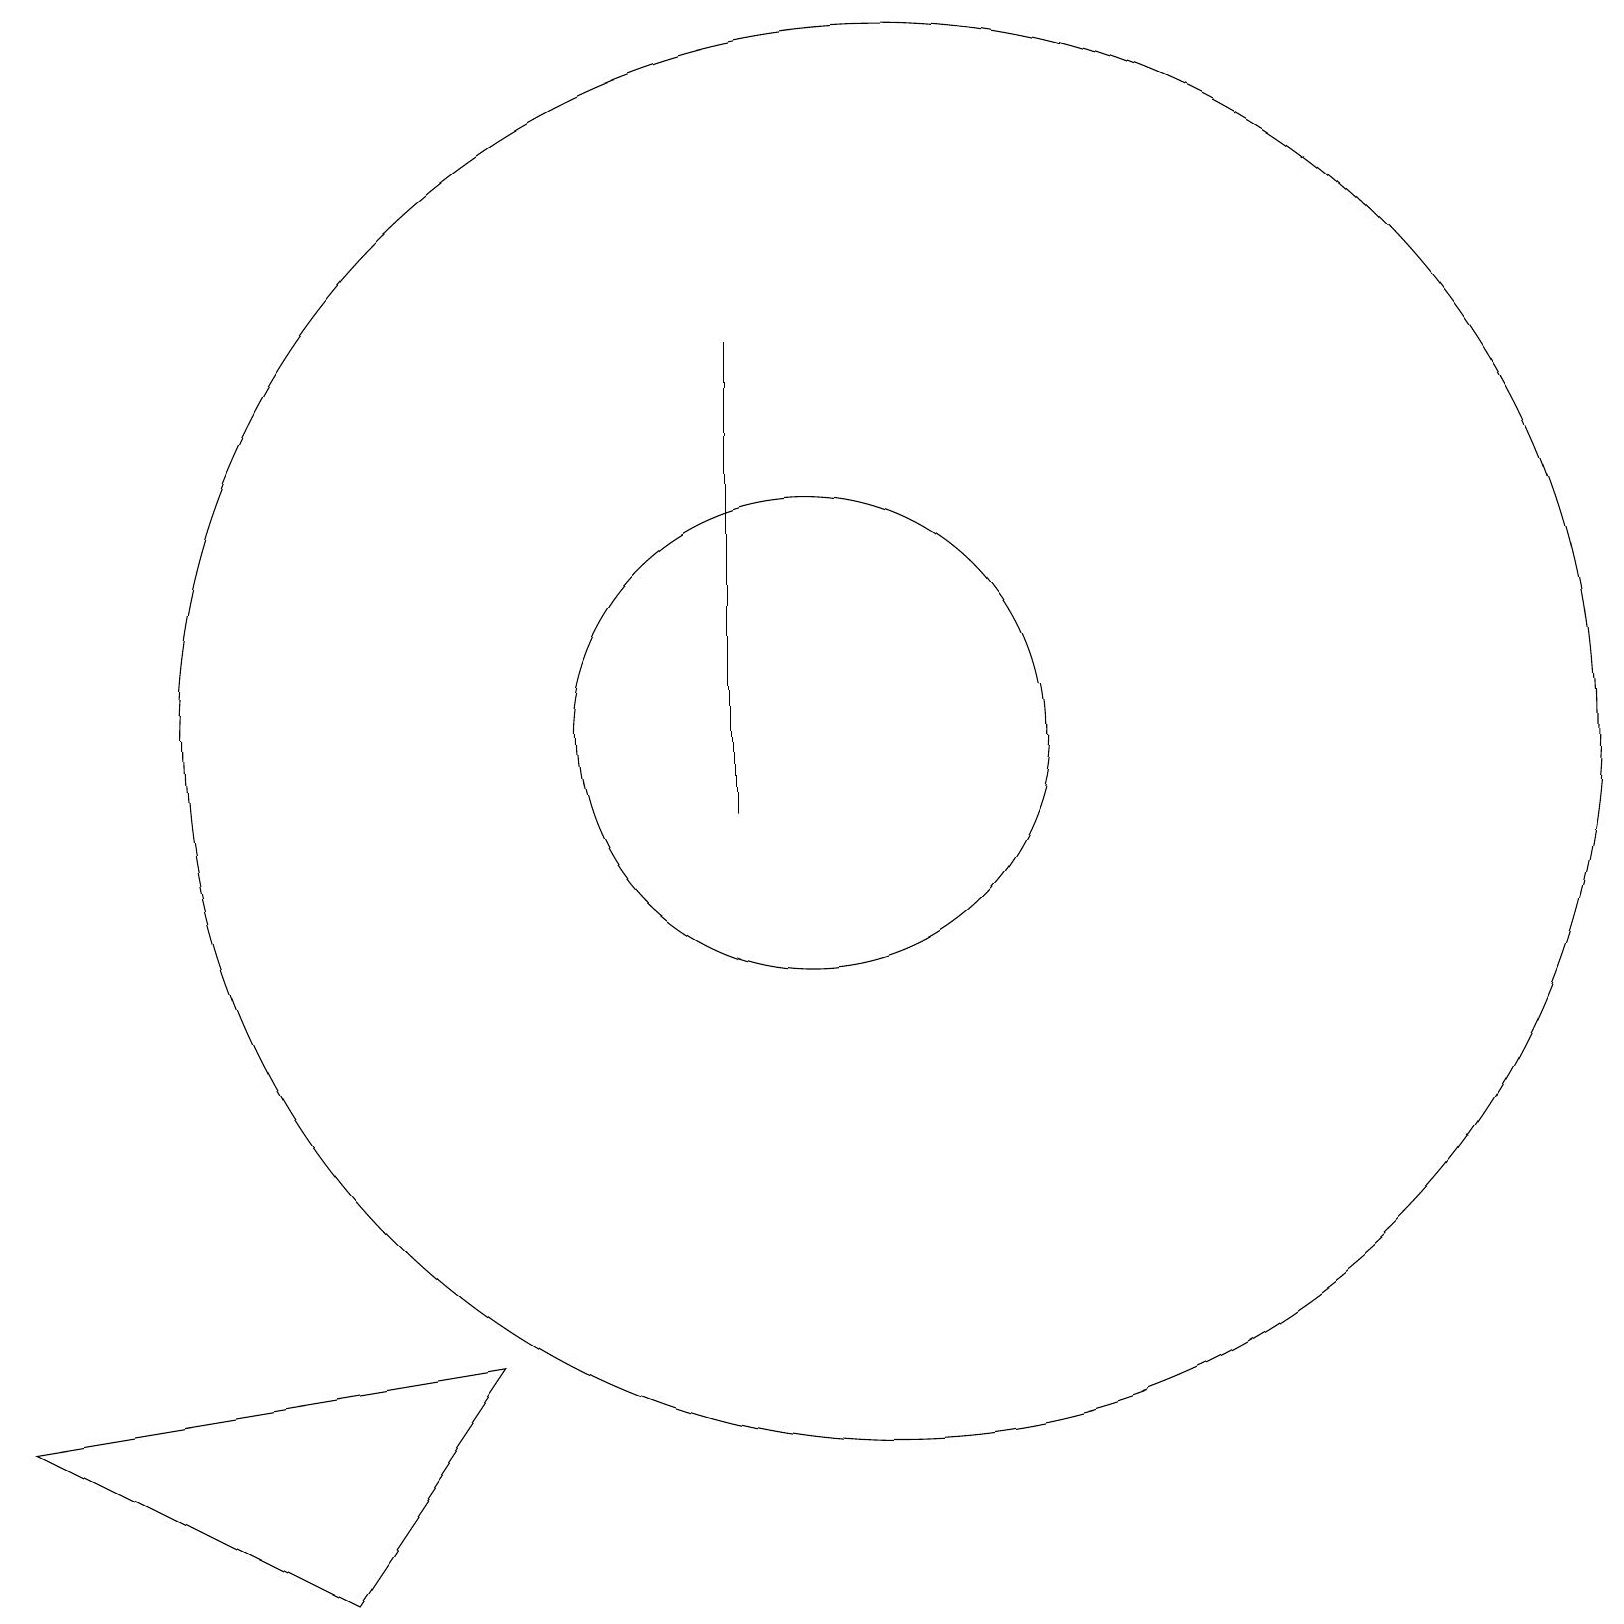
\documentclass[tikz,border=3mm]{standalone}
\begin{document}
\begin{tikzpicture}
\draw (10,11) circle (3);
\draw (9,10) rectangle (9,16);
\draw (11,11) circle (9);
\draw (6,3) -- (0,2) -- (4,0) -- cycle;
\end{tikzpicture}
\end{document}